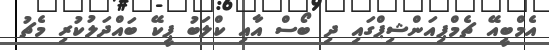
އެމްބީއޭ ޗެމްޕިއަންޝިޕްގައި ދި ބޯސް އާއި ކްލަބު ޕީކޭ ބައްދަލުކުރި މެޗު